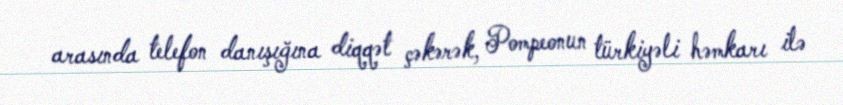
arasında telefon danışığına diqqət çəkərək, Pompeonun türkiyəli həmkarı ilə